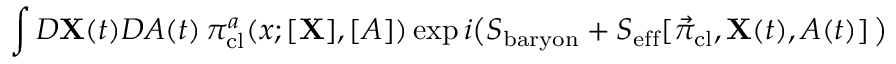
\int { \cal D } { \bf X } ( t ) { \cal D } A ( t ) \, \pi _ { \mathrm { c l } } ^ { a } ( x ; [ { \bf X } ] , [ A ] ) \exp i \big ( S _ { \mathrm { b a r y o n } } + S _ { \mathrm { e f f } } [ \vec { \pi } _ { \mathrm { c l } } , { \bf X } ( t ) , A ( t ) ] \, \big )